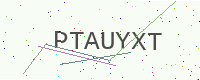
Text: PTAUYXT